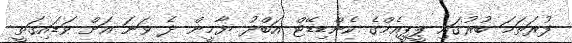
ފުރަތަމަ ބުރުގައި ޕީޕީއެމްގެ ކެންޑިޑޭޓް އަބްދު ޔާމީން ދެ ވަނަ އަށް ވަޑައިގަތީ